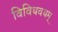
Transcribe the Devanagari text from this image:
विविधवधम्